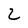
Character: 2